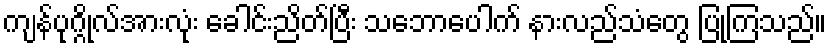
ကျန်ပုဂ္ဂိုလ်အားလုံး ခေါင်းညိတ်ပြီး သဘောပေါက် နားလည်သံတွေ ပြုကြသည်။